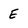
Character: E